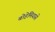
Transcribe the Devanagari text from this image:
बोहेमियासे